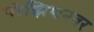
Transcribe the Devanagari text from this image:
पोझिशनवर